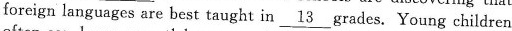
foreign languages are best taught in \underline{13 } grades. Young children